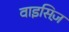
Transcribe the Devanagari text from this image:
वाइसिज़